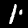
Digit: 1